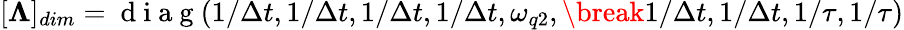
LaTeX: [\mathbf{\Lambda}]_{dim}=\mathrm{~d~i~a~g~}(1/\Delta t,1/\Delta t,1/\Delta t,1/\Delta t,\omega_{q2},\break 1/\Delta t,1/\Delta t,1/\tau,1/\tau)